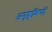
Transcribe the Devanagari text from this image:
अनुशूकियों